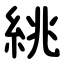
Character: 絩